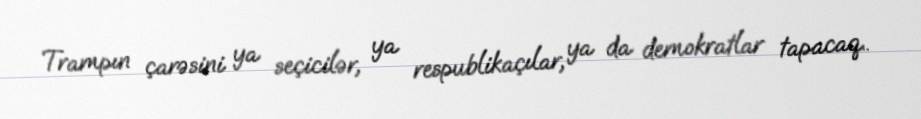
Trampın çarəsini ya seçicilər, ya respublikaçılar, ya da demokratlar tapacaq..